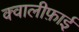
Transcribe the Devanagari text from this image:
क्वालीफ़ाई